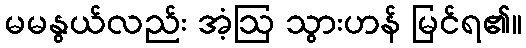
မမနွယ်လည်း အံ့ဩ သွားဟန် မြင်ရ၏။